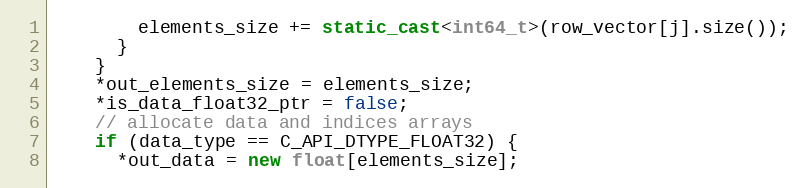
Language: C++
        elements_size += static_cast<int64_t>(row_vector[j].size());
      }
    }
    *out_elements_size = elements_size;
    *is_data_float32_ptr = false;
    // allocate data and indices arrays
    if (data_type == C_API_DTYPE_FLOAT32) {
      *out_data = new float[elements_size];